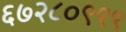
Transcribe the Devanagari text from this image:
६७२८०९९९